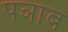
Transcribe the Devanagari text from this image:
पञाब